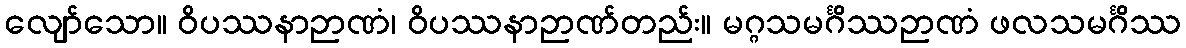
လျော်သော။ ဝိပဿနာဉာဏံ၊ ဝိပဿနာဉာဏ်တည်း။ မဂ္ဂသမင်္ဂိဿဉာဏံ ဖလသမင်္ဂိဿ